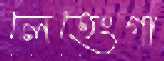
লেহেংগা